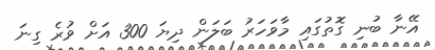
އޭނާ ބުނި ގޮތުގައި މާވަހަރު ބަލަން ދިޔަ 300 އަށް ވުރެ ގިނަ